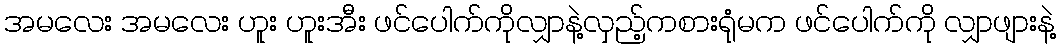
အမလေး အမလေး ဟူး ဟူးအီး ဖင်ပေါက်ကိုလျှာနဲ့လှည့်ကစားရုံမက ဖင်ပေါက်ကို လျှာဖျားနဲ့